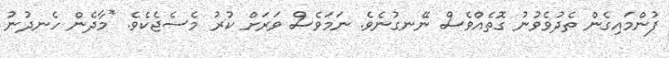
ފުންމައިގެން ތެދުވެވުނު ގޮތެއްވެސް ނޭނގުނެވެ. ނަމަވެސް ވަރަށް ކުރު މެސެޖެކެވެ. *މާދެން ހެނދުނު